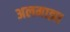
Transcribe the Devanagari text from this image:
अलमाझा